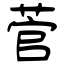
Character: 菅